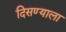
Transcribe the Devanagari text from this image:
दिसण्याला